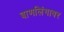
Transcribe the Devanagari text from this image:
बाणलिंगावर